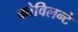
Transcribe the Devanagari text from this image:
कोविलन्टे